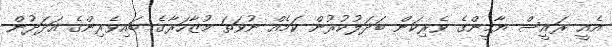
އެއީ ރައީސް ޔާމީންގެ ވެރިކަން ބަދަލުކުރުން ކަމެއް ނުވަތަ މުޒާހަރާގެ ބައިވެރިންގެ އަަދަދުން